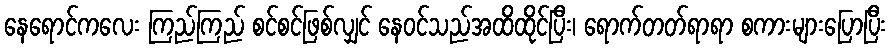
နေရောင်ကလေး ကြည်ကြည် စင်စင်ဖြစ်လျှင် နေဝင်သည်အထိထိုင်ပြီး၊ ရောက်တတ်ရာရာ စကားများပြောပြီး